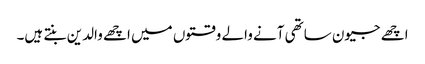
اچھے جیون ساتھی آنے والے وقتوں میں اچھے والدین بنتے ہیں۔